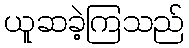
ယူဆခဲ့ကြသည်